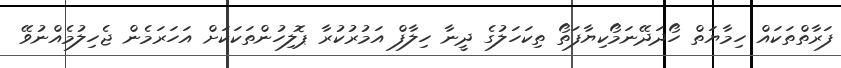
ފަރާތްތަކައް ހިމާޔަތް ހޯދަދޭނަމޯކިޔާފަތޯ ތިކަހަލުގެ ދީނާ ހިލާފް އަމުރުކުރާ ޕޮލިހުންތަކަކަށް އަހަރަމެން ޖެހިލުމެއްނުވޭ